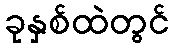
ခုနှစ်ထဲတွင်